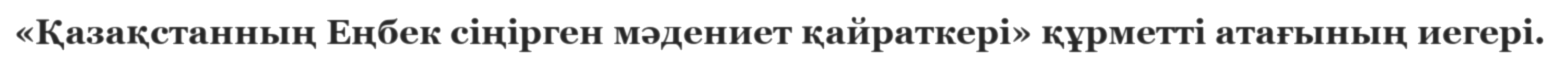
«Қазақстанның Еңбек сіңірген мәдениет қайраткері» құрметті атағының иегері.